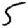
Digit: 5